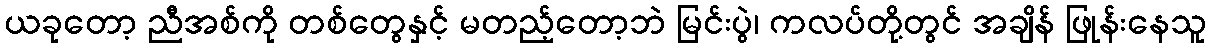
ယခုတော့ ညီအစ်ကို တစ်တွေနှင့် မတည့်တော့ဘဲ မြင်းပွဲ၊ ကလပ်တို့တွင် အချိန် ဖြုန်းနေသူ